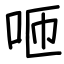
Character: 咂